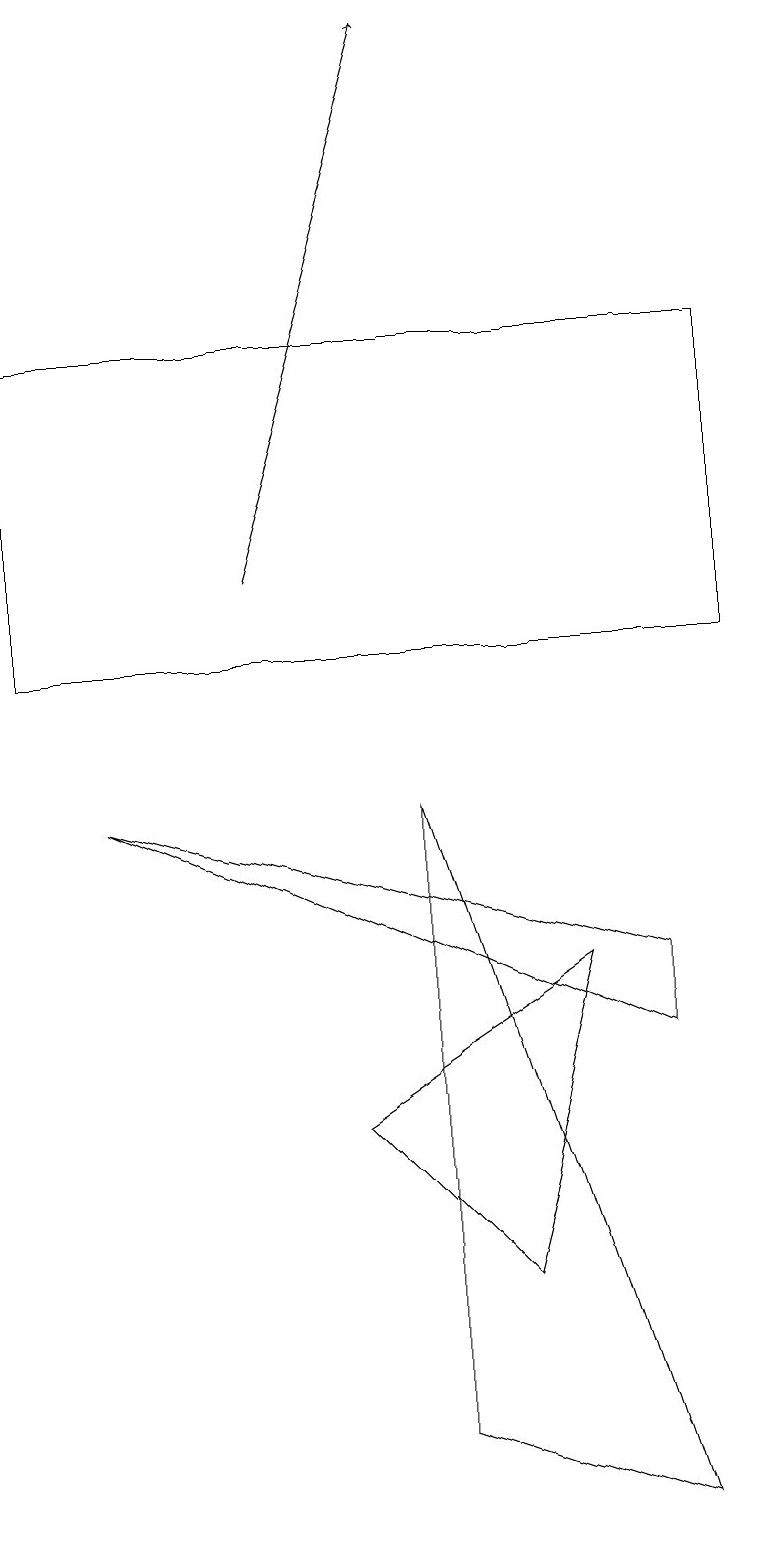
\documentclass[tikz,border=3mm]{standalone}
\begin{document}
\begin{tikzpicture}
\draw[->] (3,12) -- (5,19);
\draw (6,3) -- (4,5) -- (7,7) -- cycle;
\draw (5,9) -- (5,1) -- (8,0) -- cycle;
\draw (8,6) -- (8,7) -- (1,9) -- cycle;
\draw (9,11) rectangle (0,15);
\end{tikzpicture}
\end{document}